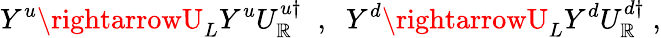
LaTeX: Y^{u}\rightarrowU_{L}Y^{u}U_{\mathbb{R}}^{u\dagger}\; \; ,\; \; Y^{d}\rightarrowU_{L}Y^{d}U_{\mathbb{R}}^{d\dagger}\; ,